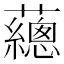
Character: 𧄉